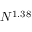
N ^ { 1 . 3 8 }